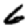
Digit: 6